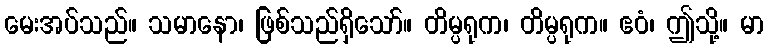
မေးအပ်သည်။ သမာနော၊ ဖြစ်သည်ရှိသော်။ တိမ္ပရုက၊ တိမ္ပရုက။ ဧဝံ၊ ဤသို့။ မာ